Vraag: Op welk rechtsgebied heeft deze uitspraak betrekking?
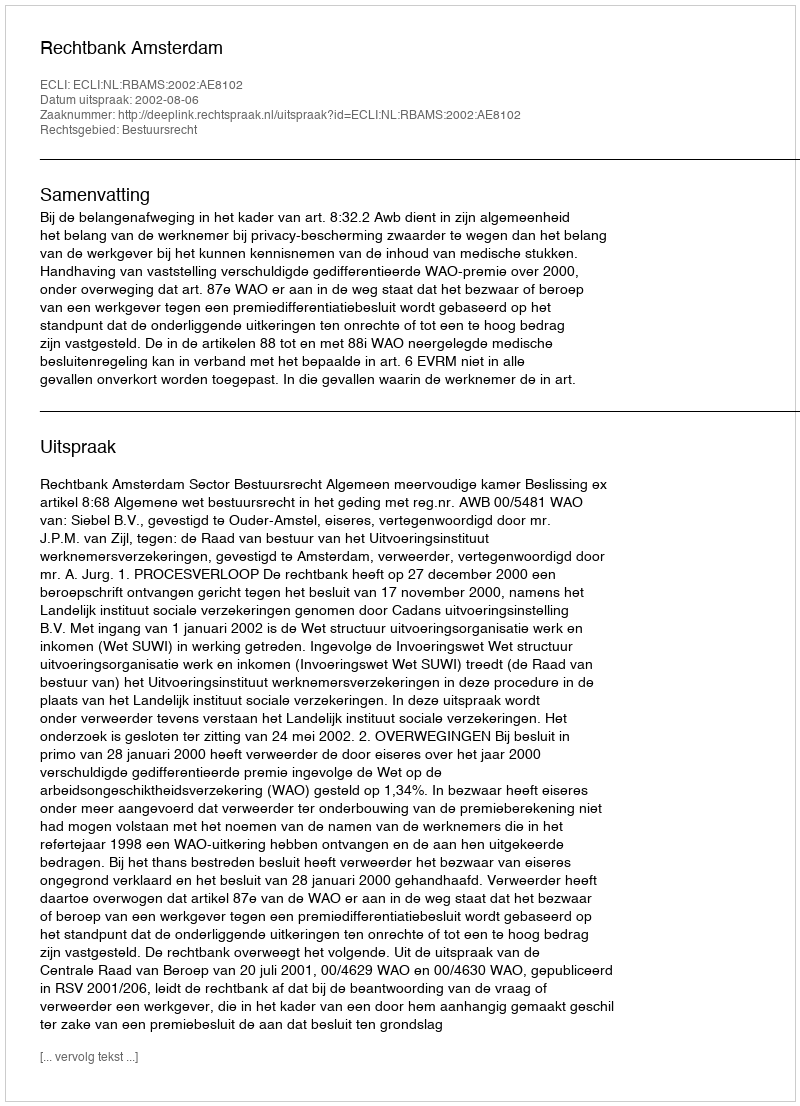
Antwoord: Bestuursrecht